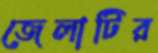
জেলাটির